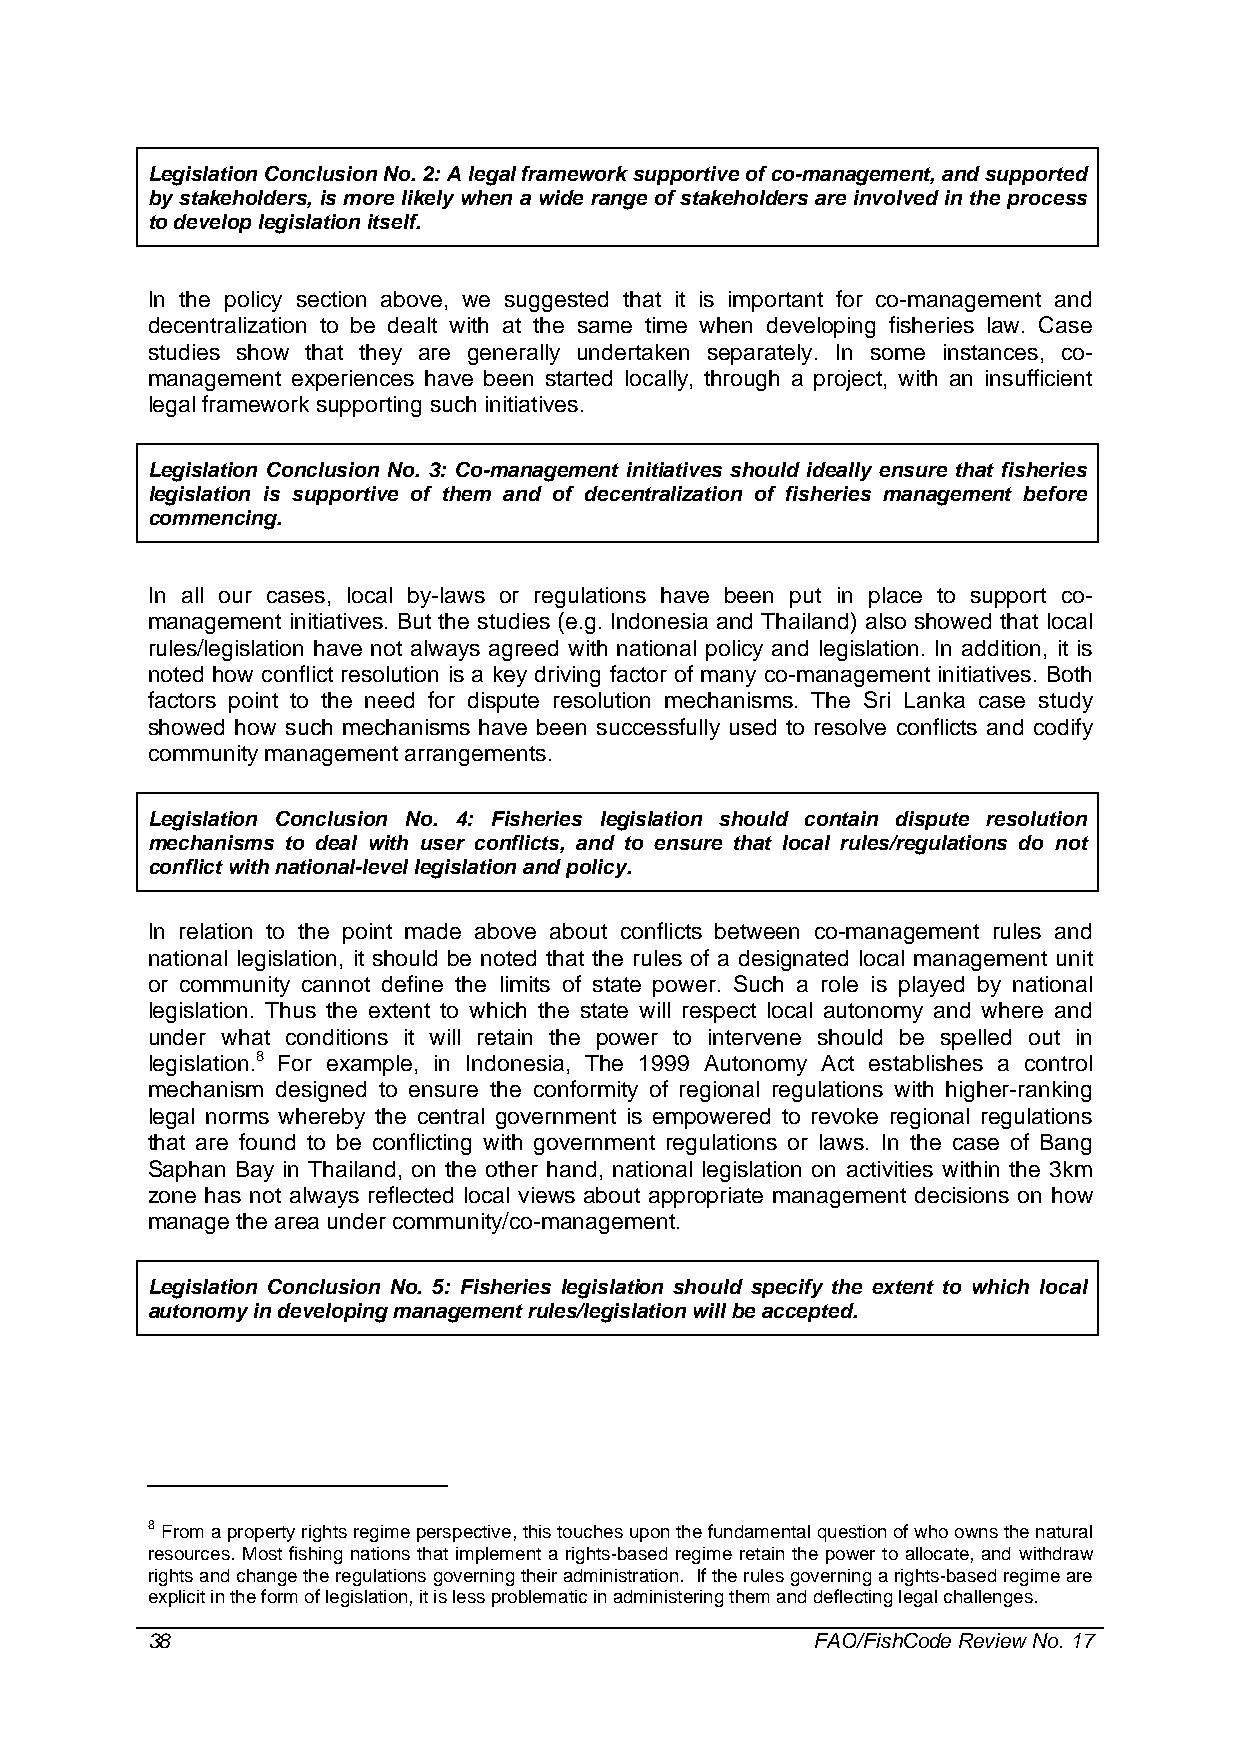
Legislation Conclusion No. 2: A legal framework supportive of co-management, and supported
 by stakeholders, is more likely when a wide range of stakeholders are involved in the process
 to develop legislation itself.
 In the policy section above, we suggested that it is important for co-management and
 decentralization to be dealt with at the same time when developing fisheries law. Case
 studies show that they are generally undertaken separately. In some instances, co-
 management experiences have been started locally, through a project, with an insufficient
 legal framework supporting such initiatives.
 Legislation Conclusion No. 3: Co-management initiatives should ideally ensure that fisheries
 legislation is supportive of them and of decentralization of fisheries management before
 commencing.
 In all our cases, local by-laws or regulations have been put in place to support co-
 management initiatives. But the studies (e.g. Indonesia and Thailand) also showed that local
 rules/legislation have not always agreed with national policy and legislation. In addition, it is
 noted how conflict resolution is a key driving factor of many co-management initiatives. Both
 factors point to the need for dispute resolution mechanisms. The Sri Lanka case study
 showed how such mechanisms have been successfully used to resolve conflicts and codify
 community management arrangements.
 Legislation Conclusion No. 4: Fisheries legislation should contain dispute resolution
 mechanisms to deal with user conflicts, and to ensure that local rules/regulations do not
 conflict with national-level legislation and policy.
 In relation to the point made above about conflicts between co-management rules and
 national legislation, it should be noted that the rules of a designated local management unit
 or community cannot define the limits of state power. Such a role is played by national
 legislation. Thus the extent to which the state will respect local autonomy and where and
 under what conditions it will retain the power to intervene should be spelled out in
 legislation.8 For example, in Indonesia, The 1999 Autonomy Act establishes a control
 mechanism designed to ensure the conformity of regional regulations with higher-ranking
 legal norms whereby the central government is empowered to revoke regional regulations
 that are found to be conflicting with government regulations or laws. In the case of Bang
 Saphan Bay in Thailand, on the other hand, national legislation on activities within the 3km
 zone has not always reflected local views about appropriate management decisions on how
 manage the area under community/co-management.
 Legislation Conclusion No. 5: Fisheries legislation should specify the extent to which local
 autonomy in developing management rules/legislation will be accepted.
 8 From a property rights regime perspective, this touches upon the fundamental question of who owns the natural
 resources. Most fishing nations that implement a rights-based regime retain the power to allocate, and withdraw
 rights and change the regulations governing their administration. If the rules governing a rights-based regime are
 explicit in the form of legislation, it is less problematic in administering them and deflecting legal challenges.
 38                                          FAO/FishCode Review No. 17